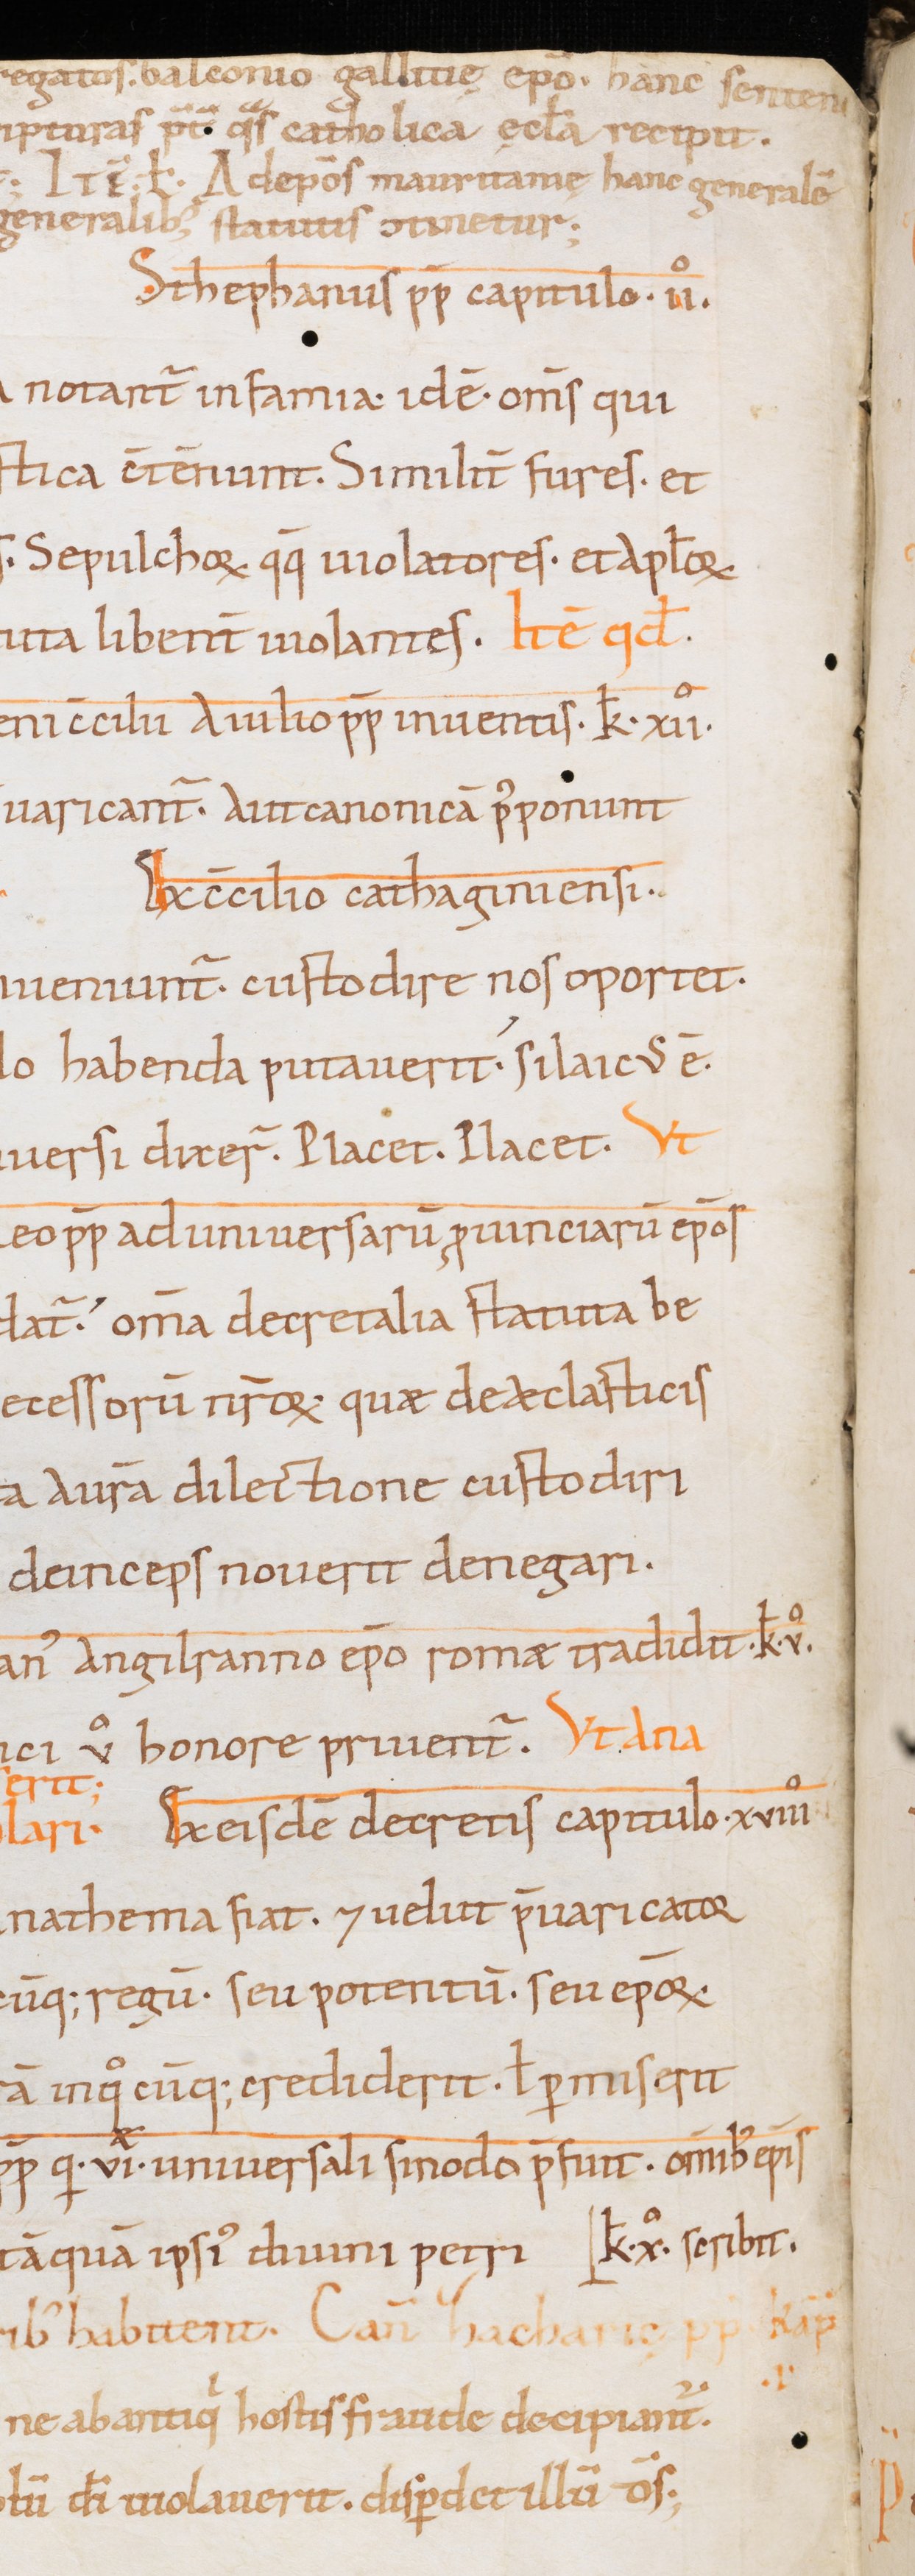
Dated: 1000–1199